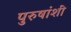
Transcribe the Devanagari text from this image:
पुरुषांशीं